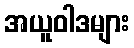
အယူဝါဒများ